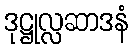
ဒုဋ္ဌုလ္လဆာဒနံ